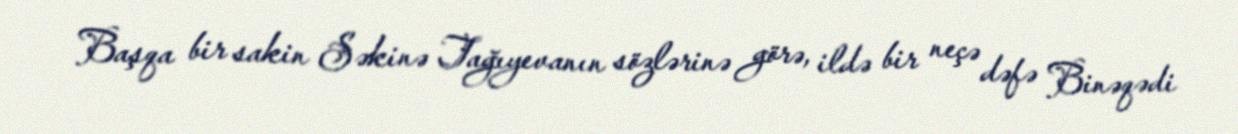
Başqa bir sakin Səkinə Tağıyevanın sözlərinə görə, ildə bir neçə dəfə Binəqədi